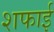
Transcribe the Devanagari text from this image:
शफाई